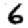
Digit: 6